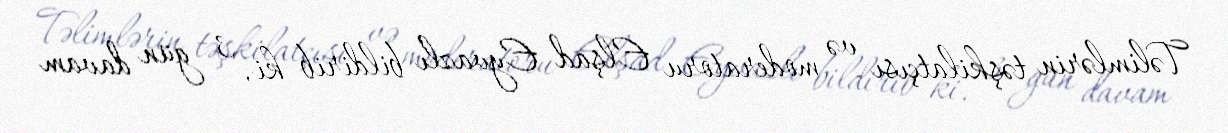
Təlimlərin təşkilatçısı və moderatoru Elşad Eyvazlı bildirib ki, 3 gün davam